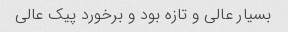
بسیار عالی و تازه بود و برخورد پیک عالی